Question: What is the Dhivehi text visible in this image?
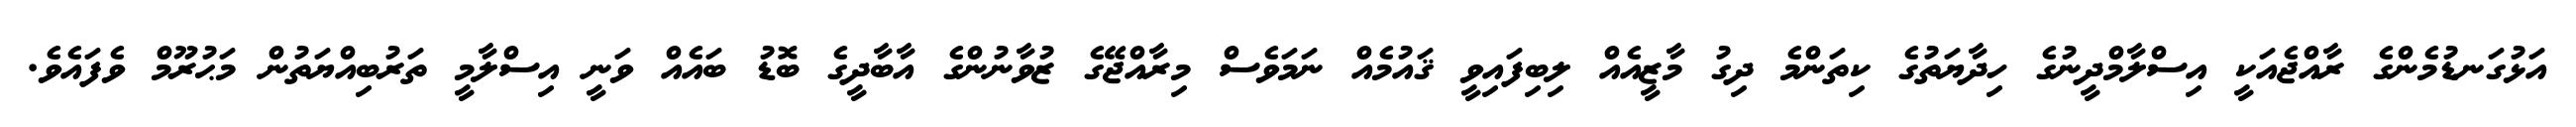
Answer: އަޅުގަނޑުމެންގެ ރާއްޖެއަކީ އިސްލާމްދީނުގެ ހިދާޔަތުގެ ކިތަންމެ ދިގު މާޒީއެއް ލިބިފައިވީ ޤައުމެއް ނަމަވެސް މިރާއްޖޭގެ ޒުވާނުންގެ އާބާދީގެ ބޮޑު ބައެއް ވަނީ އިސްލާމީ ތަރުބިއްޔަތުން މަޙުރޫމް ވެފައެވެ.